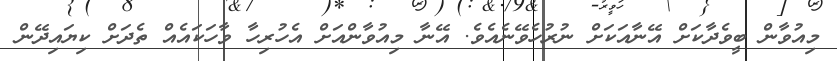
މިއުވާން ބީވެދާކަށް އޭނާއަކަށް ނުރުހެވޭނެއެވެ. އޭނާ މިއުވާންއަށް އެހުރިހާ ވާހަކައެއް ތެދަށް ކިޔައިދޭން